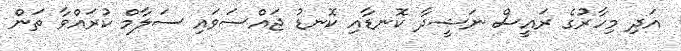
އަދި މިހާރުގެ ރައީސް ނަޝީދާ ކޮނޑާއި ކޮނޑު ޖައްސަވައި ސަލާމް ކުރައްވާ ތަން